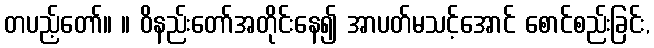
တပည့်တော်။ ။ ဝိနည်းတော်အတိုင်းနေ၍ အာပတ်မသင့်အောင် စောင်စည်းခြင်း,